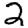
Digit: 2